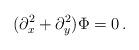
LaTeX: \begin{align*}(\partial_x^2+\partial_y^2) \Phi =0\, .\end{align*}